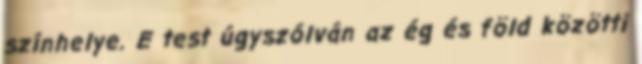
színhelye. E test úgyszólván az ég és föld közötti